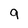
Character: 9